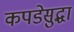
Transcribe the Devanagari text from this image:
कपडेसुद्धा